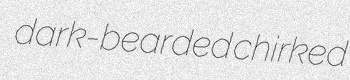
dark-bearded chirked